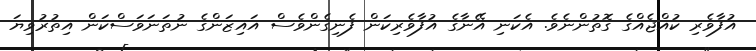
އުފާވެރި ކުއްޖެއްގެ ގޮތުންނެވެ. އެކަނި އޭނާގެ އުފާވެރިކަން ފެނިގެންވެސް އައިޒަންގެ ނުތަނަވަސްކަން އިތުރުވިޔަ